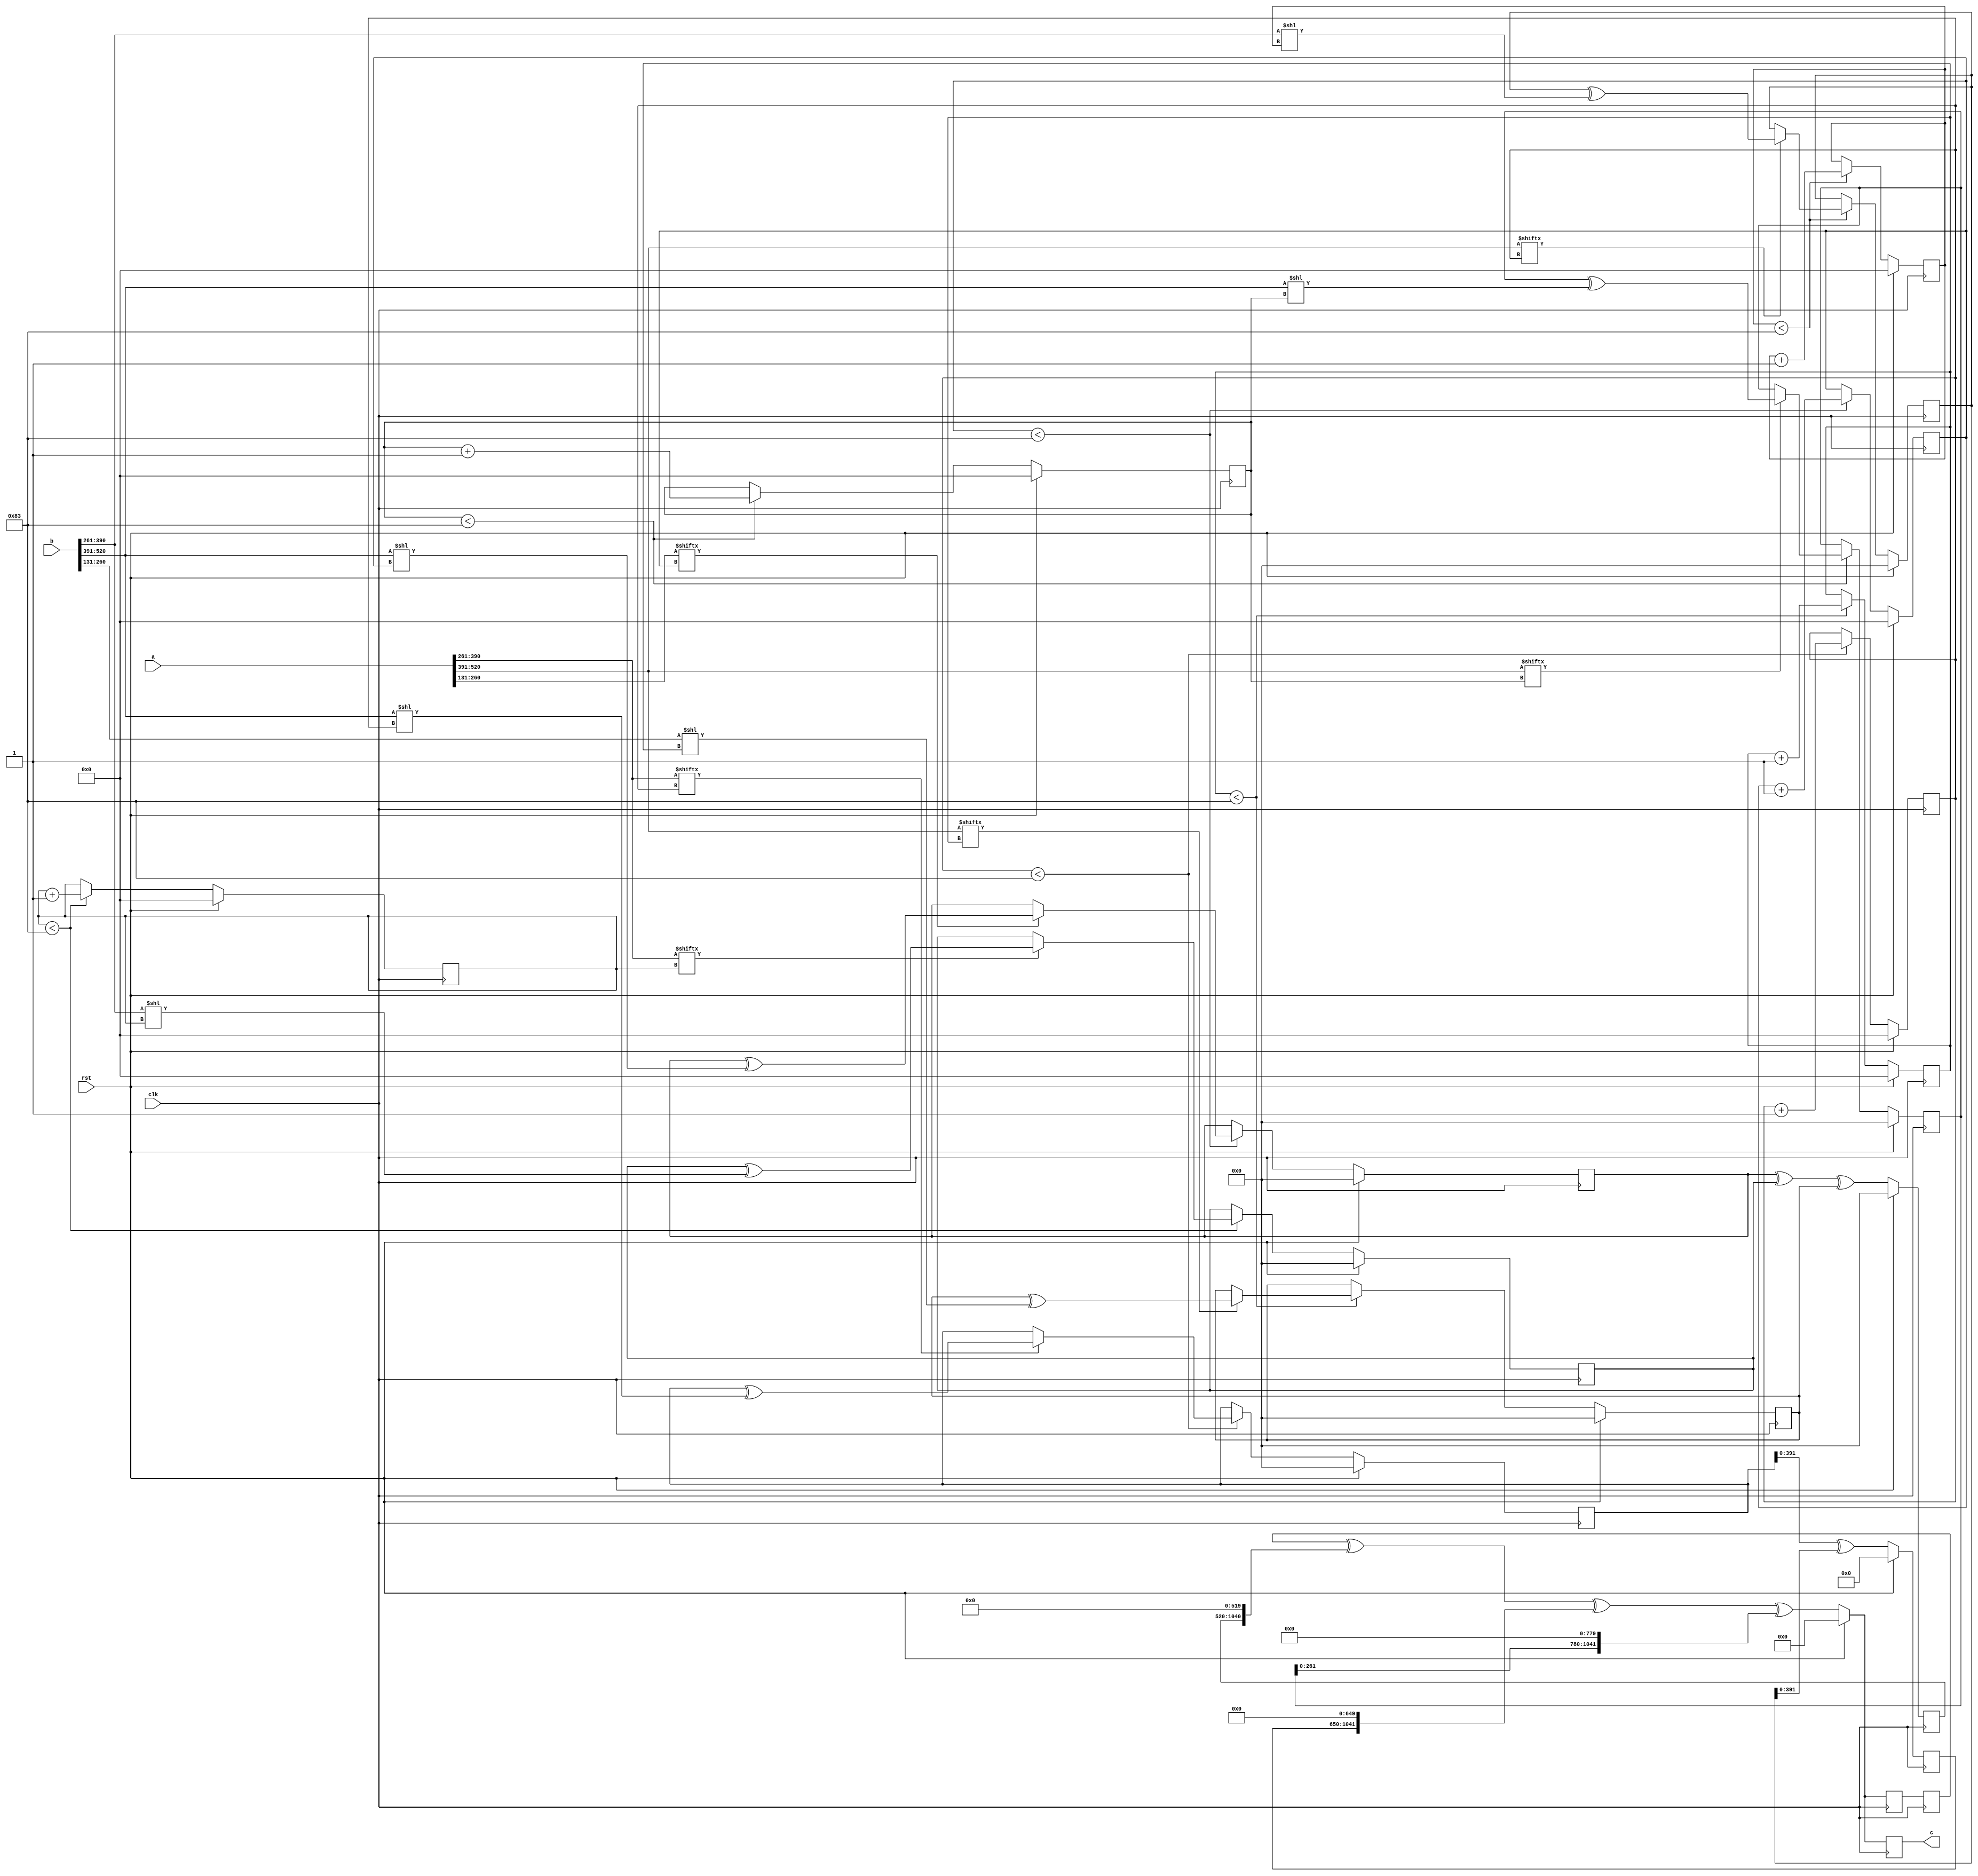
// TalTech large integer multiplier library
// Multiplier type: four_way_toom_cook
// Parameters: 521 521 2
// Target tool: genus
module four_way_toom_cook(clk, rst, a, b, c);
input clk;
input rst;
input [520:0] a;
input [520:0] b;
output reg [1041:0] c;

// Pipeline register declaration 
reg [1041:0] c_temp_1;

// Wires declaration 
wire  [130:0] a0;
wire  [129:0] a1;
wire  [129:0] a2;
wire  [129:0] a3;
wire  [130:0] b0;
wire  [129:0] b1;
wire  [129:0] b2;
wire  [129:0] b3;

// Registers declaration 
reg  [129:0] counter_d;
reg  [129:0] counter_e1;
reg  [129:0] counter_e2;
reg  [129:0] counter_f1;
reg  [129:0] counter_f2;
reg  [129:0] counter_f3;
reg  [129:0] counter_g1;
reg  [129:0] counter_g2;
reg  [129:0] counter_g3;
reg  [129:0] counter_g4;
reg  [129:0] counter_h1;
reg  [129:0] counter_h2;
reg  [129:0] counter_h3;
reg  [129:0] counter_i1;
reg  [129:0] counter_i2;
reg  [129:0] counter_j;
reg  [520:0] d;
reg  [520:0] e1_mul;
reg  [520:0] e2_mul;
reg  [520:0] e;
reg  [520:0] f1_mul;
reg  [520:0] f2_mul;
reg  [520:0] f3_mul;
reg  [520:0] f;
reg  [520:0] g1_mul;
reg  [520:0] g2_mul;
reg  [520:0] g3_mul;
reg  [520:0] g4_mul;
reg  [520:0] g;
reg  [520:0] h1_mul;
reg  [520:0] h2_mul;
reg  [520:0] h3_mul;
reg  [520:0] h;
reg  [520:0] i1_mul;
reg  [520:0] i2_mul;
reg  [520:0] i;
reg  [520:0] j;
reg  [1041:0] temp;

// Initial assignments to wires
assign a0 = a[130:0];
assign a1 = a[260:131];
assign a2 = a[390:261];
assign a3 = a[520:391];
assign b0 = b[130:0];
assign b1 = b[260:131];
assign b2 = b[390:261];
assign b3 = b[520:391];

// Step-1 of 4-Way TCM Multiplier
always @(posedge clk) begin
		if (rst) begin			counter_d <= 130'd0;
			d <= 521'd0;
		end
		else if (counter_d < 131) begin
			if (a3[counter_d] == 1'b1) begin
				d <= d ^ (b3 << counter_d);
				counter_d <= counter_d + 1;
			end
			counter_d <= counter_d + 1;
		end
end

// Step-2 (Part-1) of 4-Way TCM Multiplier
always @(posedge clk) begin
		if (rst) begin
			counter_e1 <= 130'd0;
			e1_mul <= 521'd0;
		end
		else if (counter_e1 < 131) begin
			if (a2[counter_e1] == 1'b1) begin
				e1_mul <= e1_mul ^ (b3 << counter_e1);
				counter_e1 <= counter_e1 + 1;
			end
			counter_e1 <= counter_e1 + 1;
		end
end

// Step-2 (Part-2) of 4-Way TCM Multiplier
always @(posedge clk) begin
		if (rst) begin
			counter_e2 <= 130'd0;
			e2_mul <= 521'd0;
		end
		else if (counter_e2 < 131) begin
			if (a3[counter_e1] == 1'b1) begin
				e2_mul <= e2_mul ^ (b2 << counter_e2);
				counter_e2 <= counter_e2 + 1;
			end
			counter_e2 <= counter_e2 + 1;
		end
end

// Step-2 (Part-3) of 4-Way TCM Multiplier
always @(posedge clk) begin
		if (rst) begin
			e <= 521'd0;
		end
		else begin
			e <= e1_mul ^ e2_mul;
		end
end

// Step-3 (Part-1) of 4-Way TCM Multiplier
always @(posedge clk) begin
		if (rst) begin
			counter_f1 <= 130'd0;
			f1_mul <= 521'd0;
		end
		else if (counter_f1 < 131) begin
			if (a1[counter_f1] == 1'b1) begin
				f1_mul <= f1_mul ^ (b3 << counter_f1);
				counter_f1 <= counter_f1 + 1;
			end
			counter_f1 <= counter_f1 + 1;
		end
end

// Step-3 (Part-2) of 4-Way TCM Multiplier
always @(posedge clk) begin
		if (rst) begin
			counter_f2 <= 130'd0;
			f2_mul <= 521'd0;
		end
		else if (counter_f2 < 131) begin
			if (a2[counter_f2] == 1'b1) begin
				f2_mul <= f2_mul ^ (b2 << counter_f2);
				counter_f2 <= counter_f2 + 1;
			end
			counter_f2 <= counter_f2 + 1;
		end
end

// Step-3 (Part-3) of 4-Way TCM Multiplier
always @(posedge clk) begin
		if (rst) begin
			counter_f3 <= 130'd0;
			f3_mul <= 521'd0;
		end
		else if (counter_f3 < 131) begin
			if (a3[counter_f3] == 1'b1) begin
				f3_mul <= f3_mul ^ (b1 << counter_f3);
				counter_f3 <= counter_f3 + 1;
			end
			counter_f3 <= counter_f3 + 1;
		end
end

// Step-3 (Part-4) of 4-Way TCM Multiplier
always @(posedge clk) begin
		if (rst) begin
			f <= 521'd0;
		end
		else begin
			f <= f1_mul ^ f2_mul ^ f3_mul;
		end
end

// Step-4 (Part-1) of 4-Way TCM Multiplier
always @(posedge clk) begin
		if (rst) begin
			counter_g1 <= 130'd0;
			g1_mul <= 521'd0;
		end
		else if (counter_g1 < 131) begin
			if (a0[counter_g1] == 1'b1) begin
				g1_mul <= g1_mul ^ (b3 << counter_g1);
				counter_g1 <= counter_g1 + 1;
			end
			counter_g1 <= counter_g1 + 1;
		end
end

// Step-4 (Part-2) of 4-Way TCM Multiplier
always @(posedge clk) begin
		if (rst) begin
			counter_g2 <= 130'd0;
			g2_mul <= 521'd0;
		end
		else if (counter_g2 < 131) begin
			if (a1[counter_g2] == 1'b1) begin
				g2_mul <= g2_mul ^ (b2 << counter_g2);
				counter_g2 <= counter_g2 + 1;
			end
			counter_g2 <= counter_g2 + 1;
		end
end

// Step-4 (Part-3) of 4-Way TCM Multiplier
always @(posedge clk) begin
		if (rst) begin
			counter_g3 <= 130'd0;
			g3_mul <= 521'd0;
		end
		else if (counter_g3 < 131) begin
			if (a2[counter_g3] == 1'b1) begin
				g3_mul <= g3_mul ^ (b1 << counter_g3);
				counter_g3 <= counter_g3 + 1;
			end
			counter_g3 <= counter_g3 + 1;
		end
end

// Step-4 (Part-4) of 4-Way TCM Multiplier
always @(posedge clk) begin
		if (rst) begin
			counter_g4 <= 130'd0;
			g4_mul <= 521'd0;
		end
		else if (counter_g4 < 131) begin
			if (a3[counter_g4] == 1'b1) begin
				g4_mul <= g4_mul ^ (b0 << counter_g4);
				counter_g4 <= counter_g4 + 1;
			end
			counter_g4 <= counter_g4 + 1;
		end
end

// Step-4 (Part-5) of 4-Way TCM Multiplier
always @(posedge clk) begin
		if (rst) begin
			g <= 521'd0;
		end
		else begin
			g <= g1_mul ^ g2_mul ^ g3_mul ^ g4_mul;
		end
end

// Step-5 (Part-1) of 4-Way TCM Multiplier
always @(posedge clk) begin
		if (rst) begin
			counter_h1 <= 130'd0;
			h1_mul <= 521'd0;
		end
		else if (counter_h1 < 131) begin
			if (a0[counter_h1] == 1'b1) begin
				h1_mul <= h1_mul ^ (b2 << counter_h1);
				counter_h1 <= counter_h1 + 1;
			end
			counter_h1 <= counter_h1 + 1;
		end
end

// Step-5 (Part-2) of 4-Way TCM Multiplier
always @(posedge clk) begin
		if (rst) begin
			counter_h2 <= 130'd0;
			h2_mul <= 521'd0;
		end
		else if (counter_h2 < 131) begin
			if (a1[counter_h2] == 1'b1) begin
				h2_mul <= h2_mul ^ (b1 << counter_h2);
				counter_h2 <= counter_h2 + 1;
			end
			counter_h2 <= counter_h2 + 1;
		end
end

// Step-5 (Part-3) of 4-Way TCM Multiplier
always @(posedge clk) begin
		if (rst) begin
			counter_h3 <= 130'd0;
			h3_mul <= 521'd0;
		end
		else if (counter_h3 < 131) begin
			if (a2[counter_h3] == 1'b1) begin
				h3_mul <= h3_mul ^ (b0 << counter_h3);
				counter_h3 <= counter_h3 + 1;
			end
			counter_h3 <= counter_h3 + 1;
		end
end

// Step-5 (Part-4) of 4-Way TCM Multiplier
always @(posedge clk) begin
		if (rst) begin
			h <= 521'd0;
		end
		else begin
			h <= h1_mul ^ h2_mul ^ h3_mul;
		end
end

// Step-6 (Part-1) of 4-Way TCM Multiplier
always @(posedge clk) begin
		if (rst) begin
			counter_i1 <= 130'd0;
			i1_mul <= 521'd0;
		end
		else if (counter_i1 < 131) begin
			if (a0[counter_i1] == 1'b1) begin
				i1_mul <= i2_mul ^ (b1 << counter_i1);
				counter_i1 <= counter_i1 + 1;
			end
			counter_i1 <= counter_i1 + 1;
		end
end

// Step-6 (Part-2) of 4-Way TCM Multiplier
always @(posedge clk) begin
		if (rst) begin
			counter_i2 <= 130'd0;
			i2_mul <= 521'd0;
		end
		else if (counter_i2 < 131) begin
			if (a1[counter_i2] == 1'b1) begin
				i2_mul <= i2_mul ^ (b0 << counter_i2);
				counter_i2 <= counter_i2 + 1;
			end
			counter_i2 <= counter_i2 + 1;
		end
end

// Step-6 (Part-3) of 4-Way TCM Multiplier
always @(posedge clk) begin
		if (rst) begin
			i <= 521'd0;
		end
		else begin
			i <= i1_mul ^ i2_mul;
		end
end

// Step-7 of 4-Way TCM Multiplier
always @(posedge clk) begin
		if (rst) begin
			counter_j = 130'd0;
			j = 521'd0;
		end
		else if (counter_j < 131) begin
			if (a0[counter_j] == 1'b1) begin
				j = j ^ (b0 << counter_j);
				counter_j = counter_j + 1;
			end
			counter_j = counter_j + 1;
		end
end

// Step-8 of 4-Way TCM Multiplier
always @(posedge clk) begin
		if (rst) begin
			temp = 1042'd0;
			c = 1042'd0;
		end
		else begin
			temp = j;
			temp = temp ^ (i << 130);
			temp = temp ^ (h << 260);
			temp = temp ^ (g << 390);
			temp = c_temp_1 ^ (f << 520);
			temp = temp ^ (e << 650);
			temp = temp ^ (d << 780);
			c = temp;
		end
end

// pipeline stages
always @(posedge clk) begin
	c_temp_1 <= temp;
end
endmodule